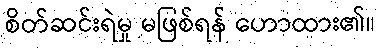
စိတ်ဆင်းရဲမှု မဖြစ်ရန် ဟောထား၏။